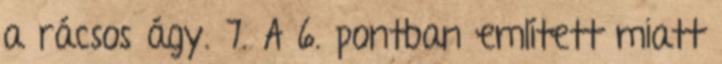
a rácsos ágy. 7. A 6. pontban említett miatt